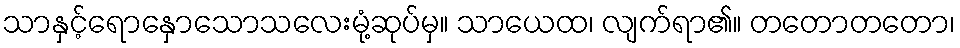
သာနှင့်ရောနှောသောသလေးမုံ့ဆုပ်မှ။ သာယေထ၊ လျက်ရာ၏။ တတောတတော၊